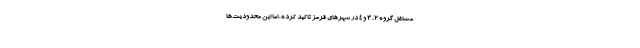
مشاغل گروه ۲، ۳ و ۴ در شهرهای قرمز تاکید کرده، اما این محدودیت‌ها